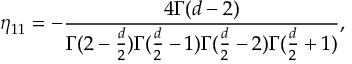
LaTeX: \eta _ { 1 1 } = - { \frac { 4 \Gamma ( d - 2 ) } { \Gamma ( 2 - { \frac { d } { 2 } } ) \Gamma ( { \frac { d } { 2 } } - 1 ) \Gamma ( { \frac { d } { 2 } } - 2 ) \Gamma ( { \frac { d } { 2 } } + 1 ) } } ,